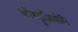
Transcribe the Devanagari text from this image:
कॉस्ट्रुज़ियोनि